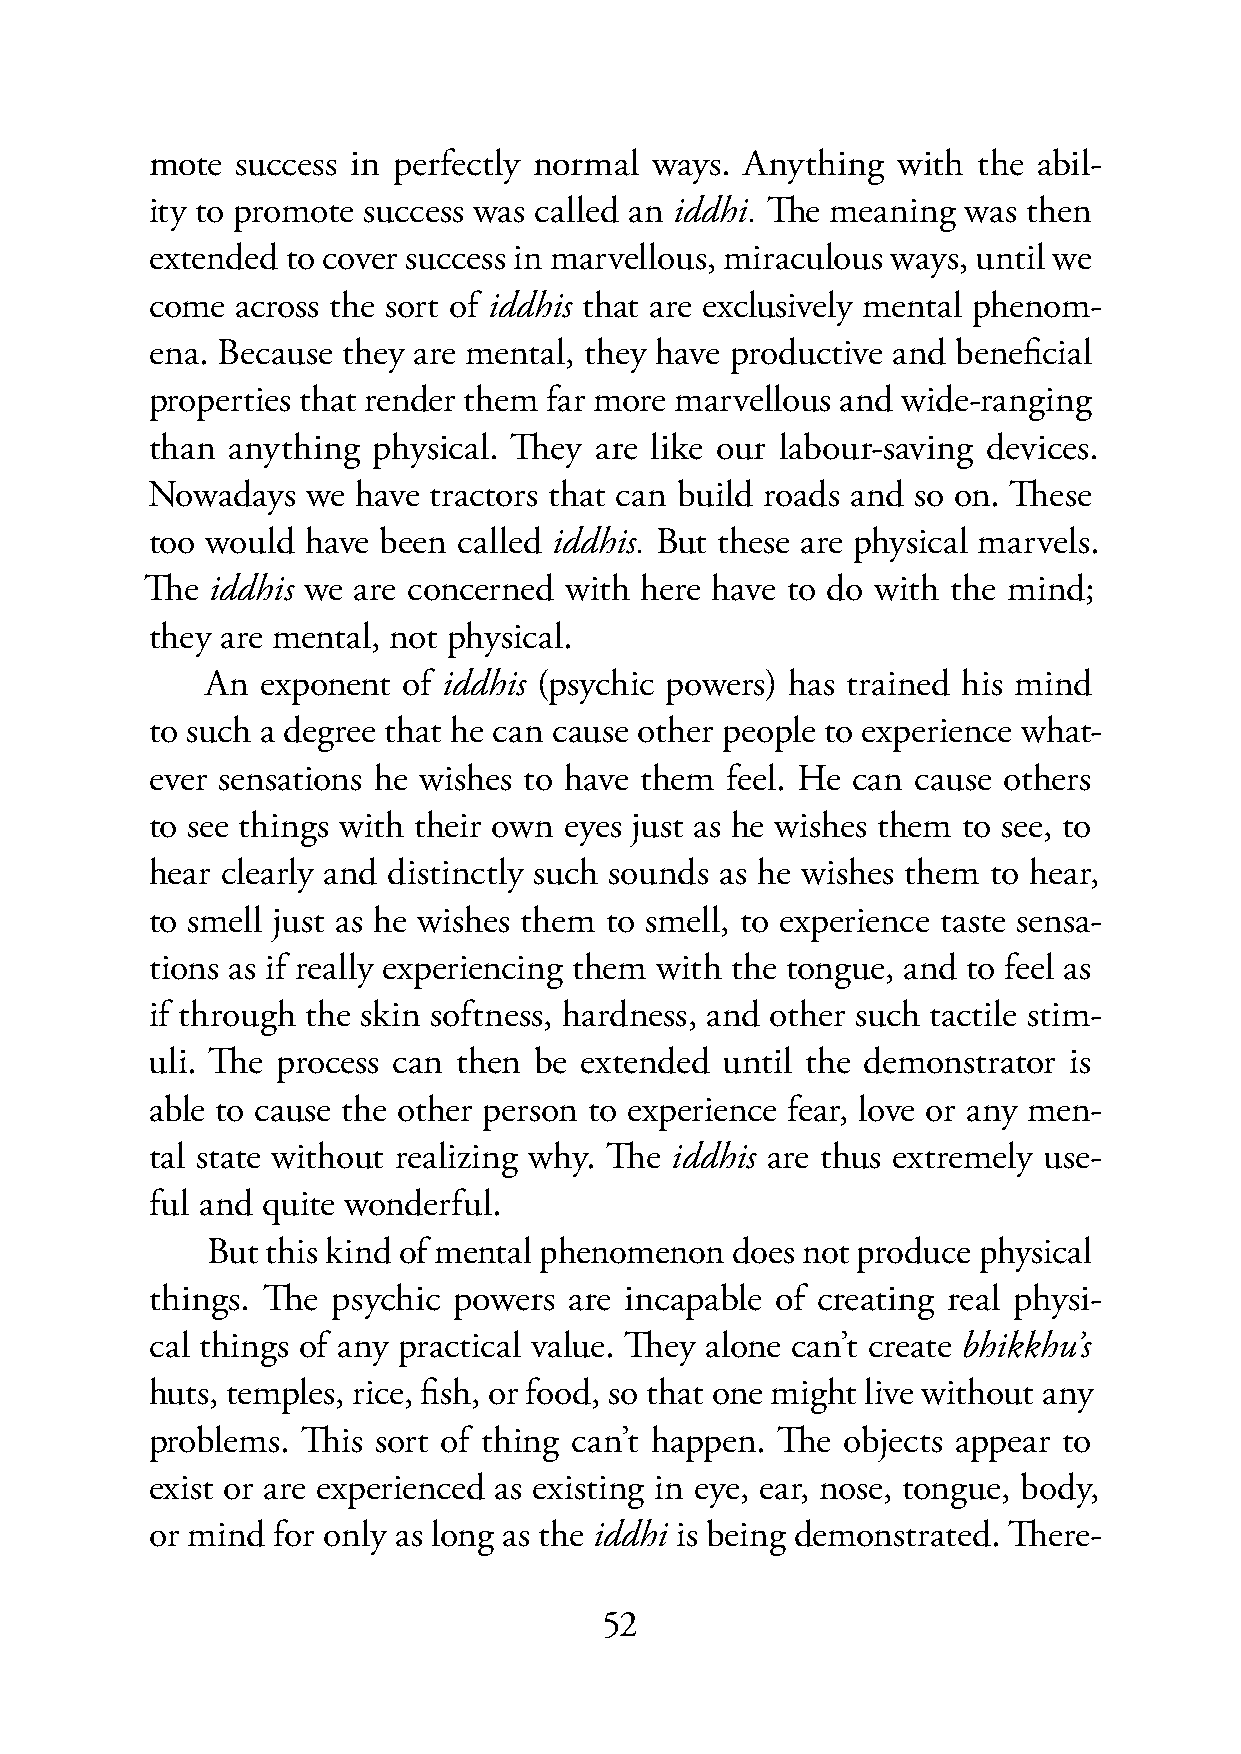
mote  success in perfectly normal ways. Anything with  the abil-
 ity to promote success was called an iddhi. The meaning was then
 extended to cover success in marvellous, miraculous ways, until we
 come  across the sort of iddhis that are exclusively mental phenom-
 ena. Because they are mental, they have productive and beneficial
 properties that render them far more marvellous and wide-ranging
 than anything  physical. They are like our labour-saving devices.
 Nowadays  we  have tractors that can build roads and so on. These
 too would have been called iddhis. But these are physical marvels.
 The iddhis we are concerned with here have to do with the mind;
 they are mental, not physical.
 An exponent  of iddhis (psychic powers) has trained his mind
 to such a degree that he can cause other people to experience what-
 ever sensations he wishes to have them feel. He can cause others
 to see things with their own eyes just as he wishes them to see, to
 hear clearly and distinctly such sounds as he wishes them to hear,
 to smell just as he wishes them to smell, to experience taste sensa-
 tions as if really experiencing them with the tongue, and to feel as
 if through the skin softness, hardness, and other such tactile stim-
 uli. The process can then be extended until the demonstrator is
 able to cause the other person to experience fear, love or any men-
 tal state without realizing why. The iddhis are thus extremely use-
 ful and quite wonderful.
 But this kind of mental phenomenon does not produce physical
 things. The psychic powers  are incapable of creating real physi-
 cal things of any practical value. They alone can’t create bhikkhu’s
 huts, temples, rice, fish, or food, so that one might live without any
 problems. This sort of thing can’t happen. The objects appear to
 exist or are experienced as existing in eye, ear, nose, tongue, body,
 or mind for only as long as the iddhi is being demonstrated. There-
 52